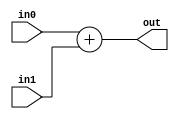
module ADDER(input[1:0] in0, input[1:0] in1, output[1:0] out);
	assign out = in0 + in1;
endmodule